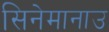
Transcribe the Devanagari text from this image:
सिनेमानाउ